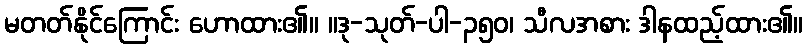
မတတ်နိုင်ကြောင်း ဟောထား၏။ ။ဒု-သုတ်-ပါ-၃၅၀၊ သီလအစား ဒါနထည့်ထား၏။